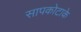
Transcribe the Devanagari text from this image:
सापकोटाके